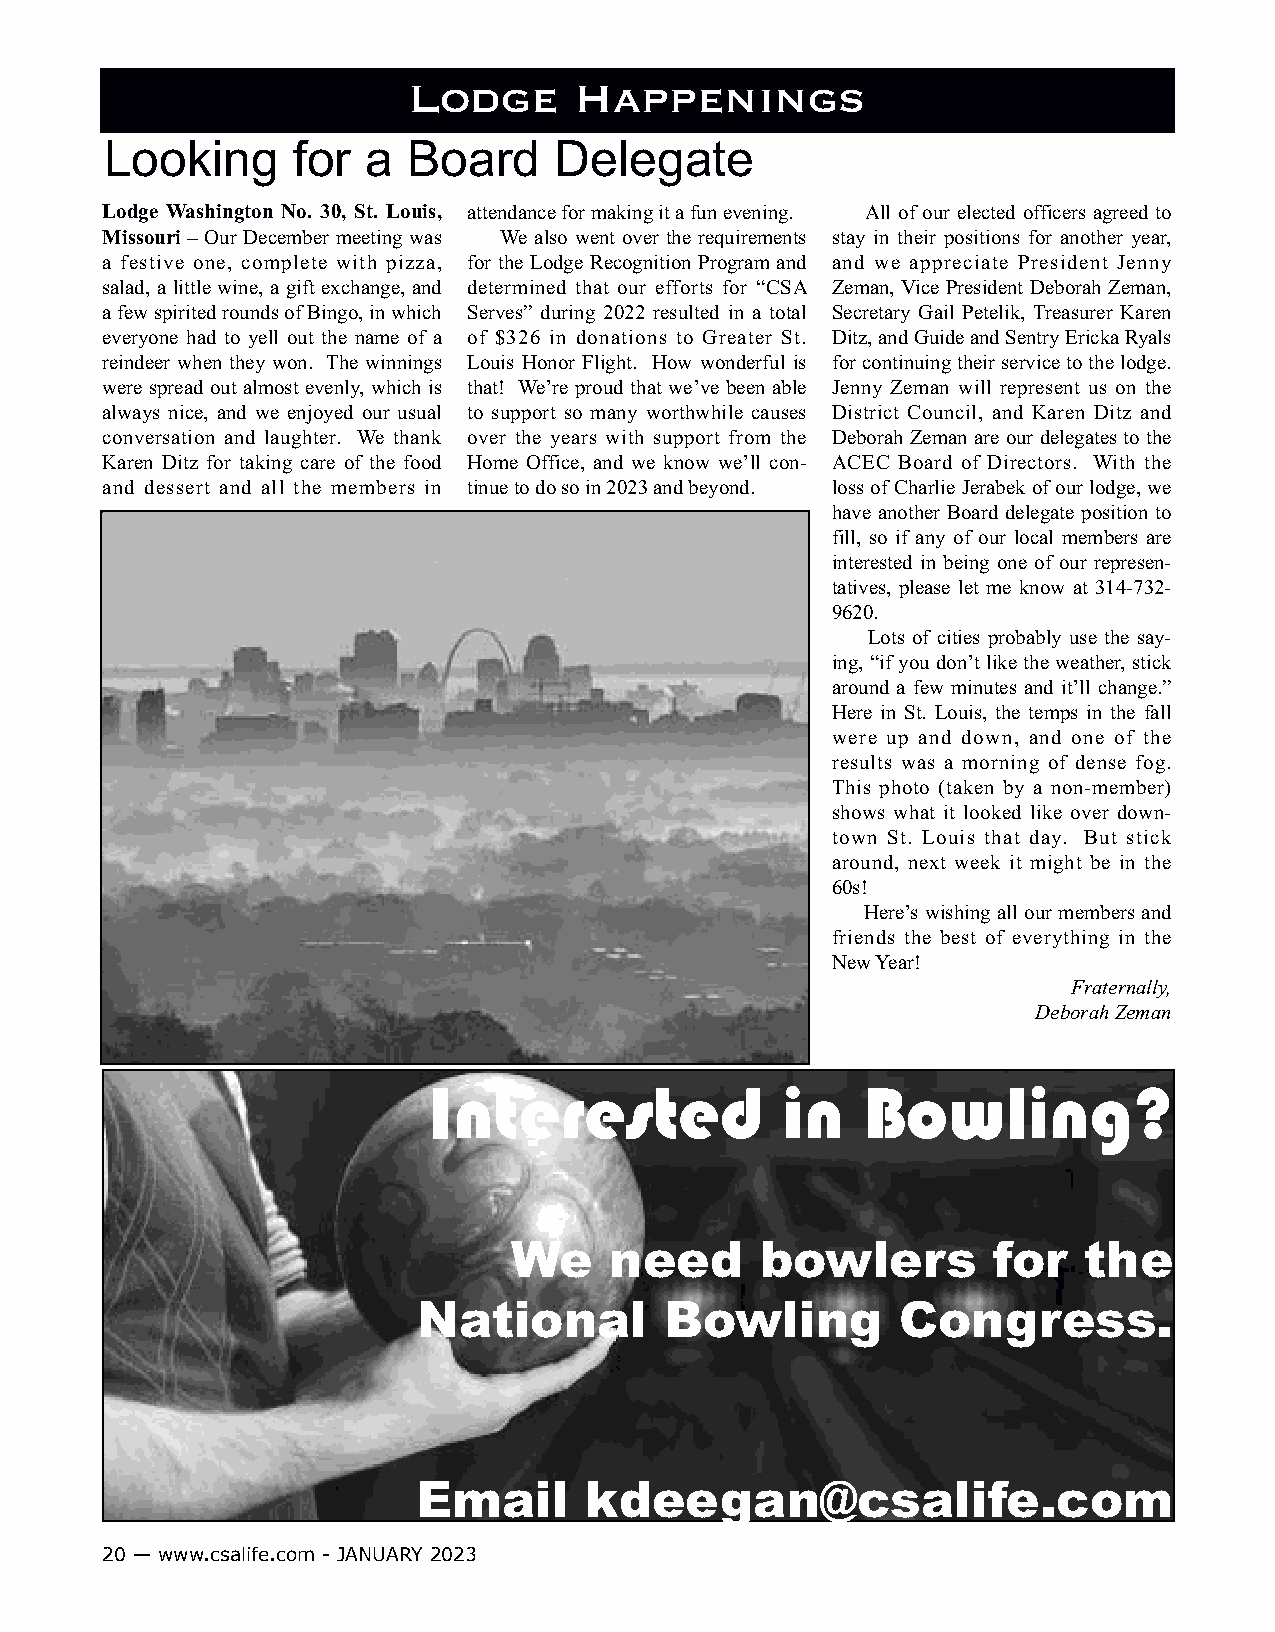
Lodge      Happenings
 Looking     for  a  Board     Delegate
 Lodge Washington No. 30, St. Louis, attendance for making it a fun evening. All of our elected officers agreed to
 Missouri – Our December meeting was We also went over the requirements stay in their positions for another year,
 a festive one, complete with pizza, for the Lodge Recognition Program and and we appreciate President Jenny
 salad, a little wine, a gift exchange, and determined that our efforts for “CSA Zeman, Vice President Deborah Zeman,
 a few spirited rounds of Bingo, in which Serves” during 2022 resulted in a total Secretary Gail Petelik, Treasurer Karen
 everyone had to yell out the name of a of $326 in donations to Greater St. Ditz, and Guide and Sentry Ericka Ryals
 reindeer when they won. The winnings Louis Honor Flight. How wonderful is for continuing their service to the lodge.
 were spread out almost evenly, which is that! We’re proud that we’ve been able Jenny Zeman will represent us on the
 always nice, and we enjoyed our usual to support so many worthwhile causes District Council, and Karen Ditz and
 conversation and laughter. We thank over the years with support from the Deborah Zeman are our delegates to the
 Karen Ditz for taking care of the food Home Office, and we know we’ll con- ACEC Board of Directors. With the
 and dessert and all the members in tinue to do so in 2023 and beyond. loss of Charlie Jerabek of our lodge, we
 have another Board delegate position to
 fill, so if any of our local members are
 interested in being one of our represen-
 tatives, please let me know at 314-732-
 9620.
 Lots of cities probably use the say-
 ing, “if you don’t like the weather, stick
 around a few minutes and it’ll change.”
 Here in St. Louis, the temps in the fall
 were up and down, and one of the
 results was a morning of dense fog.
 This photo (taken by a non-member)
 shows what it looked like over down-
 town St. Louis that day. But stick
 around, next week it might be in the
 60s!
 Here’s wishing all our members and
 friends the best of everything in the
 New Year!
 Fraternally,
 Deborah Zeman
 Interested              in   Bowling?
 We    need      bowlers         for   the
 National        Bowling         Congress.
 Email      kdeegan@csalife.com
 20 — www.csalife.com - JANUARY 2023